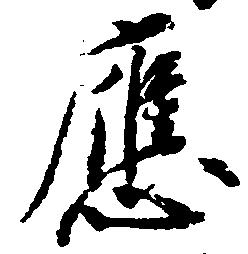
応